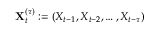
\mathbf { X } _ { t } ^ { ( \tau ) } : = ( X _ { t - 1 } , X _ { t - 2 } , \ldots , X _ { t - \tau } )